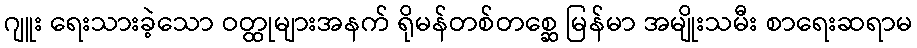
ဂျူး ရေးသားခဲ့သော ဝတ္ထုများအနက် ရိုမန်တစ်တစ္ဆေ မြန်မာ အမျိုးသမီး စာရေးဆရာမ